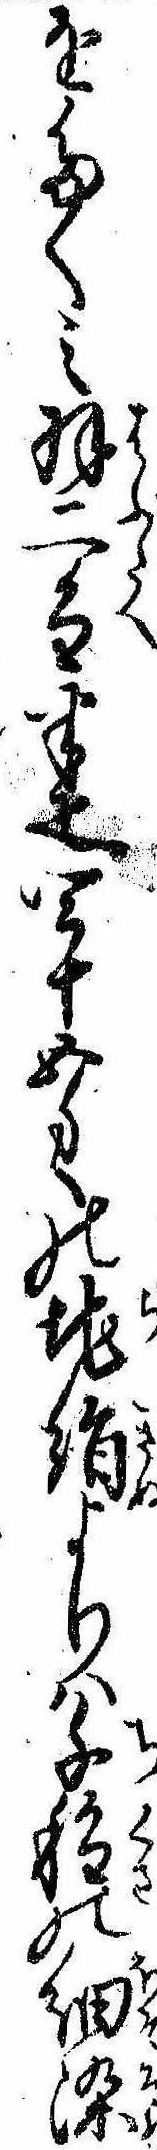
をたくみ羽二重半疋四十五匁の地絹よりは千種の細染